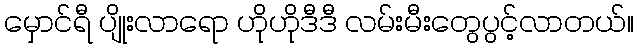
မှောင်ရီ ပျိုးလာရော ဟိုဟိုဒီဒီ လမ်းမီးတွေပွင့်လာတယ်။